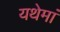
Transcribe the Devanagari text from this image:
यथेमां